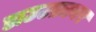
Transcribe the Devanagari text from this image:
डाउटफ़ायर